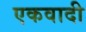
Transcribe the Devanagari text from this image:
एकवादी